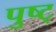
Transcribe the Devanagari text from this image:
पुष्ट्